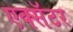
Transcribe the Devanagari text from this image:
एक्सॅटर